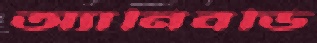
অ্যানিবডি